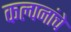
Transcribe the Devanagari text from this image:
कल्‍पनांचे